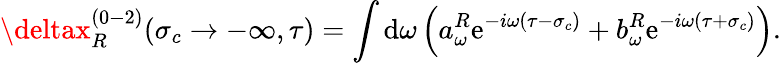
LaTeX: \deltax_{R}^{(0-2)}(\sigma_{c}\rightarrow-\infty,\tau)=\int\mathrm{d}\omega\left(a_{\omega}^{R}\mathrm{e}^{-i\omega(\tau-\sigma_{c})}+b_{\omega}^{R}\mathrm{e}^{-i\omega(\tau+\sigma_{c})}\right).